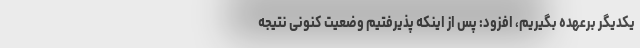
یکدیگر برعهده بگیریم، افزود: پس از اینکه پذیرفتیم وضعیت کنونی نتیجه